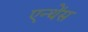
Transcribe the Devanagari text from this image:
एन्थेंस